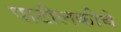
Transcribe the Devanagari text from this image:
पाटीलकीचे